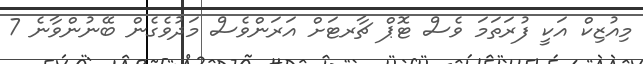
މިއުޒިކް އަކީ ފުރަތަމަ ވެސް ޓޮޕް ޗާރޓަށް އަރަންވެސް މަދުވެގެން ބޭނުންވާނެ 7